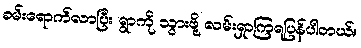
ခမ်းရောက်လာပြီး ရွာကို သွားဖို့ လမ်းရှာကြရပြန်ပါတယ်။